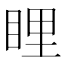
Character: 𥆼